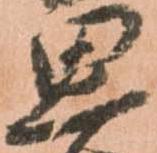
思